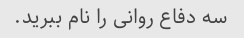
سه دفاع روانی را نام ببرید.